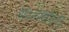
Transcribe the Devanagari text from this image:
मैथिलमेथैक्रिलेट